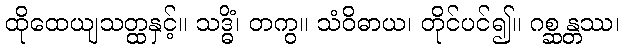
ထိုထေယျသတ္ထနှင့်။ သဒ္ဓိံ၊ တကွ။ သံဝိဓာယ၊ တိုင်ပင်၍။ ဂစ္ဆန္တဿ၊